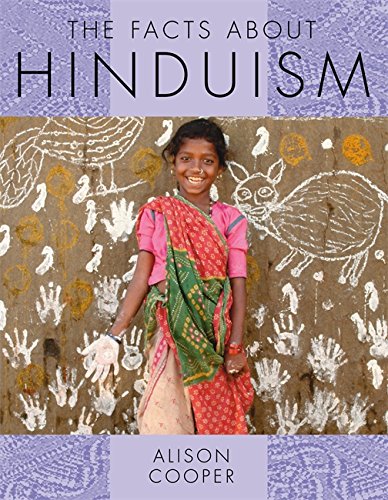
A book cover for The Facts About Hinduism (Facts About Religions); Alison Cooper; Children's Books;